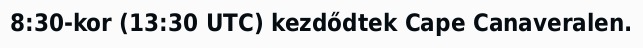
8:30-kor (13:30 UTC) kezdődtek Cape Canaveralen.